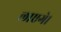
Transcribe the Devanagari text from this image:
लाएगे।